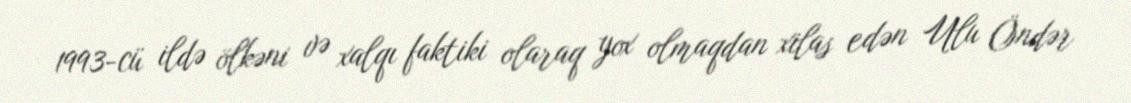
1993-cü ildə ölkəni və xalqı faktiki olaraq yox olmaqdan xilas edən Ulu Öndər